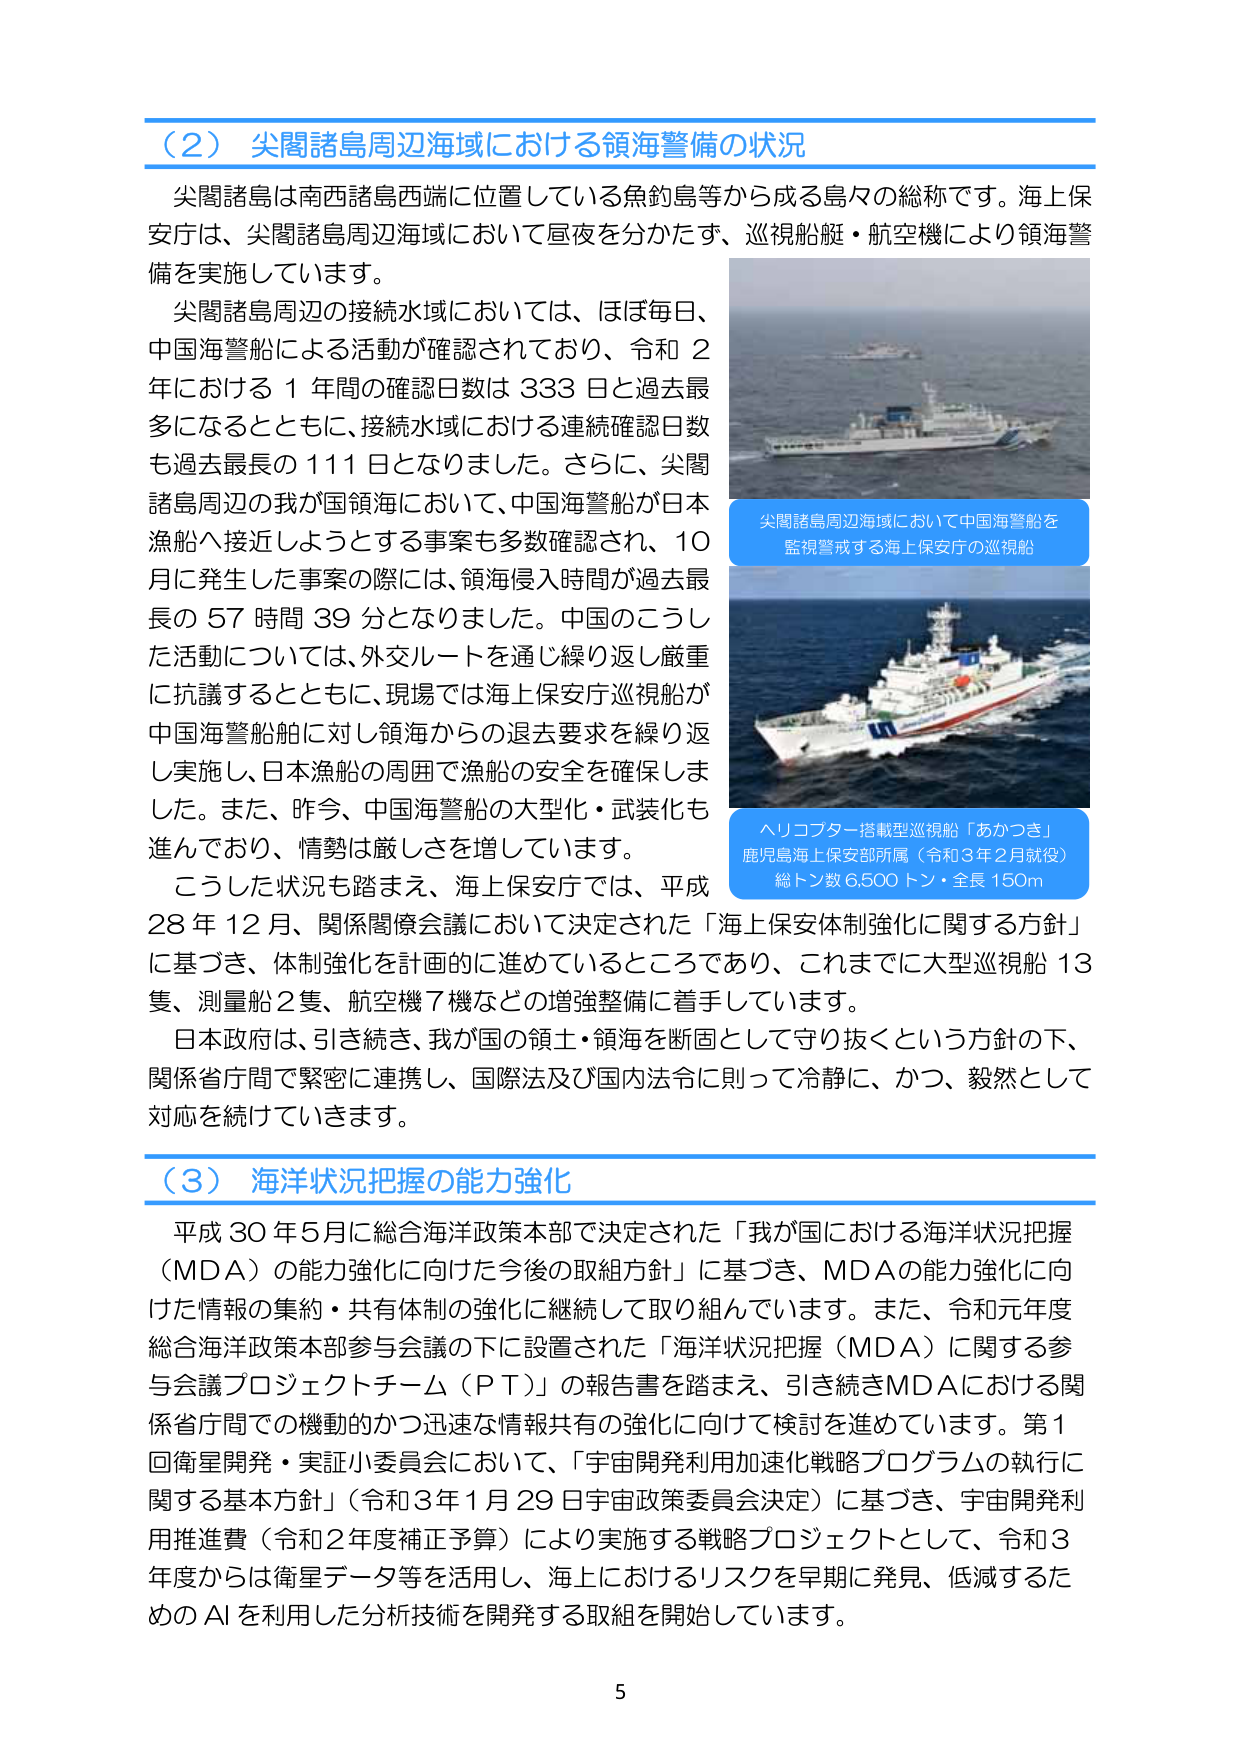
（2）尖閣諸島周辺海域における領海警備の状況
尖閣諸島は南西諸島西端に位置している魚釣島等から成る島々の総称です。海上保安庁は、尖閣諸島周辺海域において昼夜を分かたず、巡視船艇・航空機により領海警備を実施しています。
尖閣諸島周辺の接続水域においては、ほぼ毎日、中国海警船による活動が確認されており、令和２年における１年間の確認日数は333日と過去最多になるとともに、接続水域における連続確認日数も過去最長の111日となりました。さらに、尖閣諸島周辺の我が国領海において、中国海警船が日本漁船へ接近しようとする事案も多数確認され、10月に発生した事案の際には、領海侵入時間が過去最長の57時間39分となりました。中国のこうした活動については、外交ルートを通じ繰り返し厳重に抗議するとともに、現場では海上保安庁巡視船が中国海警船舶に対し領海からの退去要求を繰り返し実施し、日本漁船の周囲で漁船の安全を確保しました。また、昨今、中国海警船の大型化・武装化も進んでおり、情勢は厳しさを増しています。
こうした状況も踏まえ、海上保安庁では、平成28年12月、関係閣僚会議において決定された「海上保安体制強化に関する方針」に基づき、体制強化を計画的に進めているところであり、これまでに大型巡視船13隻、測量船2隻、航空機7機などの増強整備に着手しています。
日本政府は、引き続き、我が国の領土・領海を断固として守り抜くという方針の下、関係省庁間で緊密に連携し、国際法及び国内法令に則って冷静に、かつ、毅然として対応を続けていきます。

尖閣諸島周辺海域において中国海警船を監視警戒する海上保安庁の巡視船
ヘリコプター搭載型巡視船「あかつき」
鹿児島海上保安部所属（令和3年2月就役）
総トン数6,500トン・全長150m

（3）海洋状況把握の能力強化
平成30年5月に総合海洋政策本部で決定された「我が国における海洋状況把握（MDA）の能力強化に向けた今後の取組方針」に基づき、MDAの能力強化に向けた情報の集約・共有体制の強化に継続して取り組んでいます。また、令和元年度総合海洋政策本部参与会議の下に設置された「海洋状況把握（MDA）に関する参与会議プロジェクトチーム（PT）」の報告書を踏まえ、引き続きMDAにおける関係省庁間での機動的かつ迅速な情報共有の強化に向けて検討を進めています。第1回衛星開発・実証小委員会において、「宇宙開発利用加速化戦略プログラムの執行に関する基本方針」（令和3年1月29日宇宙政策委員会決定）に基づき、宇宙開発利用推進費（令和2年度補正予算）により実施する戦略プロジェクトとして、令和3年度からは衛星データ等を活用し、海上におけるリスクを早期に発見、低減するためのAIを利用した分析技術を開発する取組を開始しています。

5